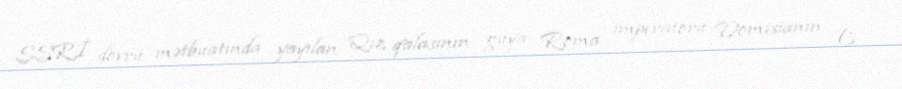
SSRİ dövrü mətbuatında yayılan Qız qalasının guya Roma imperatoru Domisianın (I